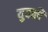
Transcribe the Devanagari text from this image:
युवकी